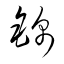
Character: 錦